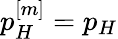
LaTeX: p_{H}^{[m]}=p_{H}